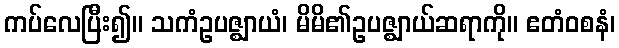
ကပ်လေပြီး၍။ သကံဥပဇ္ဈာယံ၊ မိမိ၏ဥပဇ္ဈာယ်ဆရာကို။ ဧတံဝစနံ၊